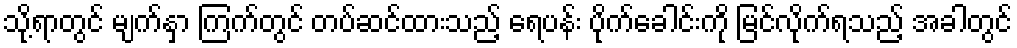
သို့ရာတွင် မျက်နှာ ကြက်တွင် တပ်ဆင်ထားသည့် ရေပန်း ပိုက်ခေါင်းကို မြင်လိုက်ရသည့် အခါတွင်